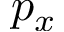
p _ { x }